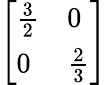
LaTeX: \left[\begin{array}{ll}{{\frac{3}{2}}}&{0}\\ {0}&{{\frac{2}{3}}}\end{array}\right]